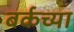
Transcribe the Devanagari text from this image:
बर्कच्या